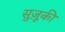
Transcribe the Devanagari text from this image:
सुज़ूकी